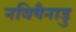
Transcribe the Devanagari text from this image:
नविषैनाडु